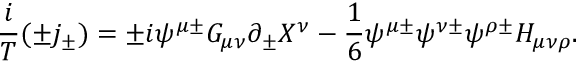
\frac { i } { T } ( \pm j _ { \pm } ) = \pm i \psi ^ { \mu \pm } G _ { \mu \nu } \partial _ { \pm } X ^ { \nu } - \frac { 1 } { 6 } \psi ^ { \mu \pm } \psi ^ { \nu \pm } \psi ^ { \rho \pm } H _ { \mu \nu \rho } .